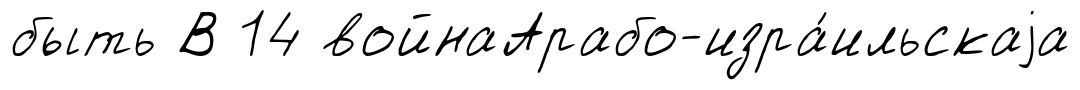
быть В 14 войнаАрабо-изра́ильскаjа